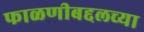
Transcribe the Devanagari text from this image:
फाळणीबद्दलच्या